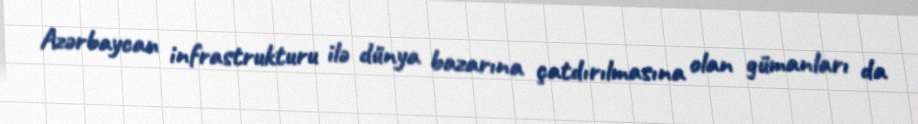
Azərbaycan infrastrukturu ilə dünya bazarına çatdırılmasına olan gümanları da